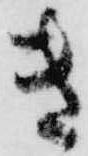
き